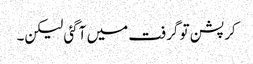
کرپشن تو گرفت میں آگئی لیکن۔